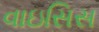
વાઇસિસ